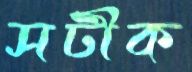
সটীক